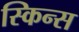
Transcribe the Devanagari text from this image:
स्किन्स